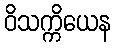
ဝိသက္ကိယေန